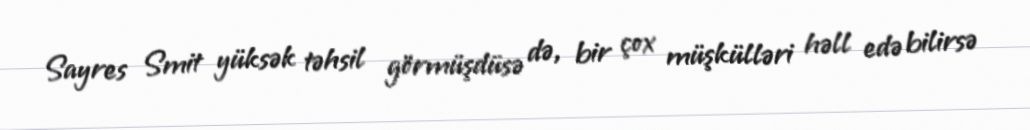
Sayres Smit yüksək təhsil görmüşdüsə də, bir çox müşkülləri həll edə bilirsə